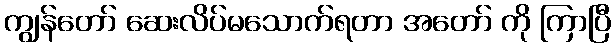
ကျွန်တော် ဆေးလိပ်မသောက်ရတာ အတော် ကို ကြာပြီ